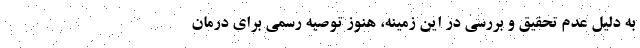
به دلیل عدم تحقیق و بررسی در این زمینه، هنوز توصیه رسمی برای درمان